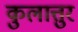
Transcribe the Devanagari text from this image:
कुलात्तुर